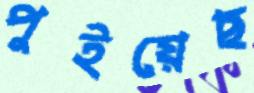
পুইয়েছ